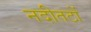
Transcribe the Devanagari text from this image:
नदीतटों